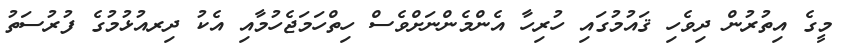
މީގެ އިތުރުން ދިވެހި ޤައުމުގައި ހުރިހާ އެންމެންނަށްވެސް ހިތްހަމަޖެހުމާއި އެކު ދިރއުޅުމުގެ ފުރުސަތު